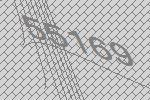
55169